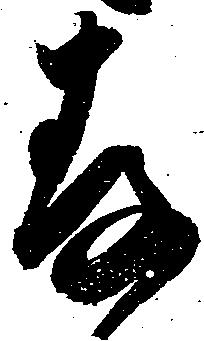
存